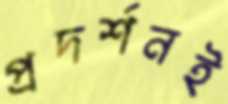
প্রদর্শনই